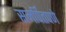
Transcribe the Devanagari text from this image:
समर्पितपणे